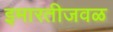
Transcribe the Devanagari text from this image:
इमारतीजवळ